65_HS1-834228961_62-HQ-83894_Section_7
Agency: FBI
Page 94
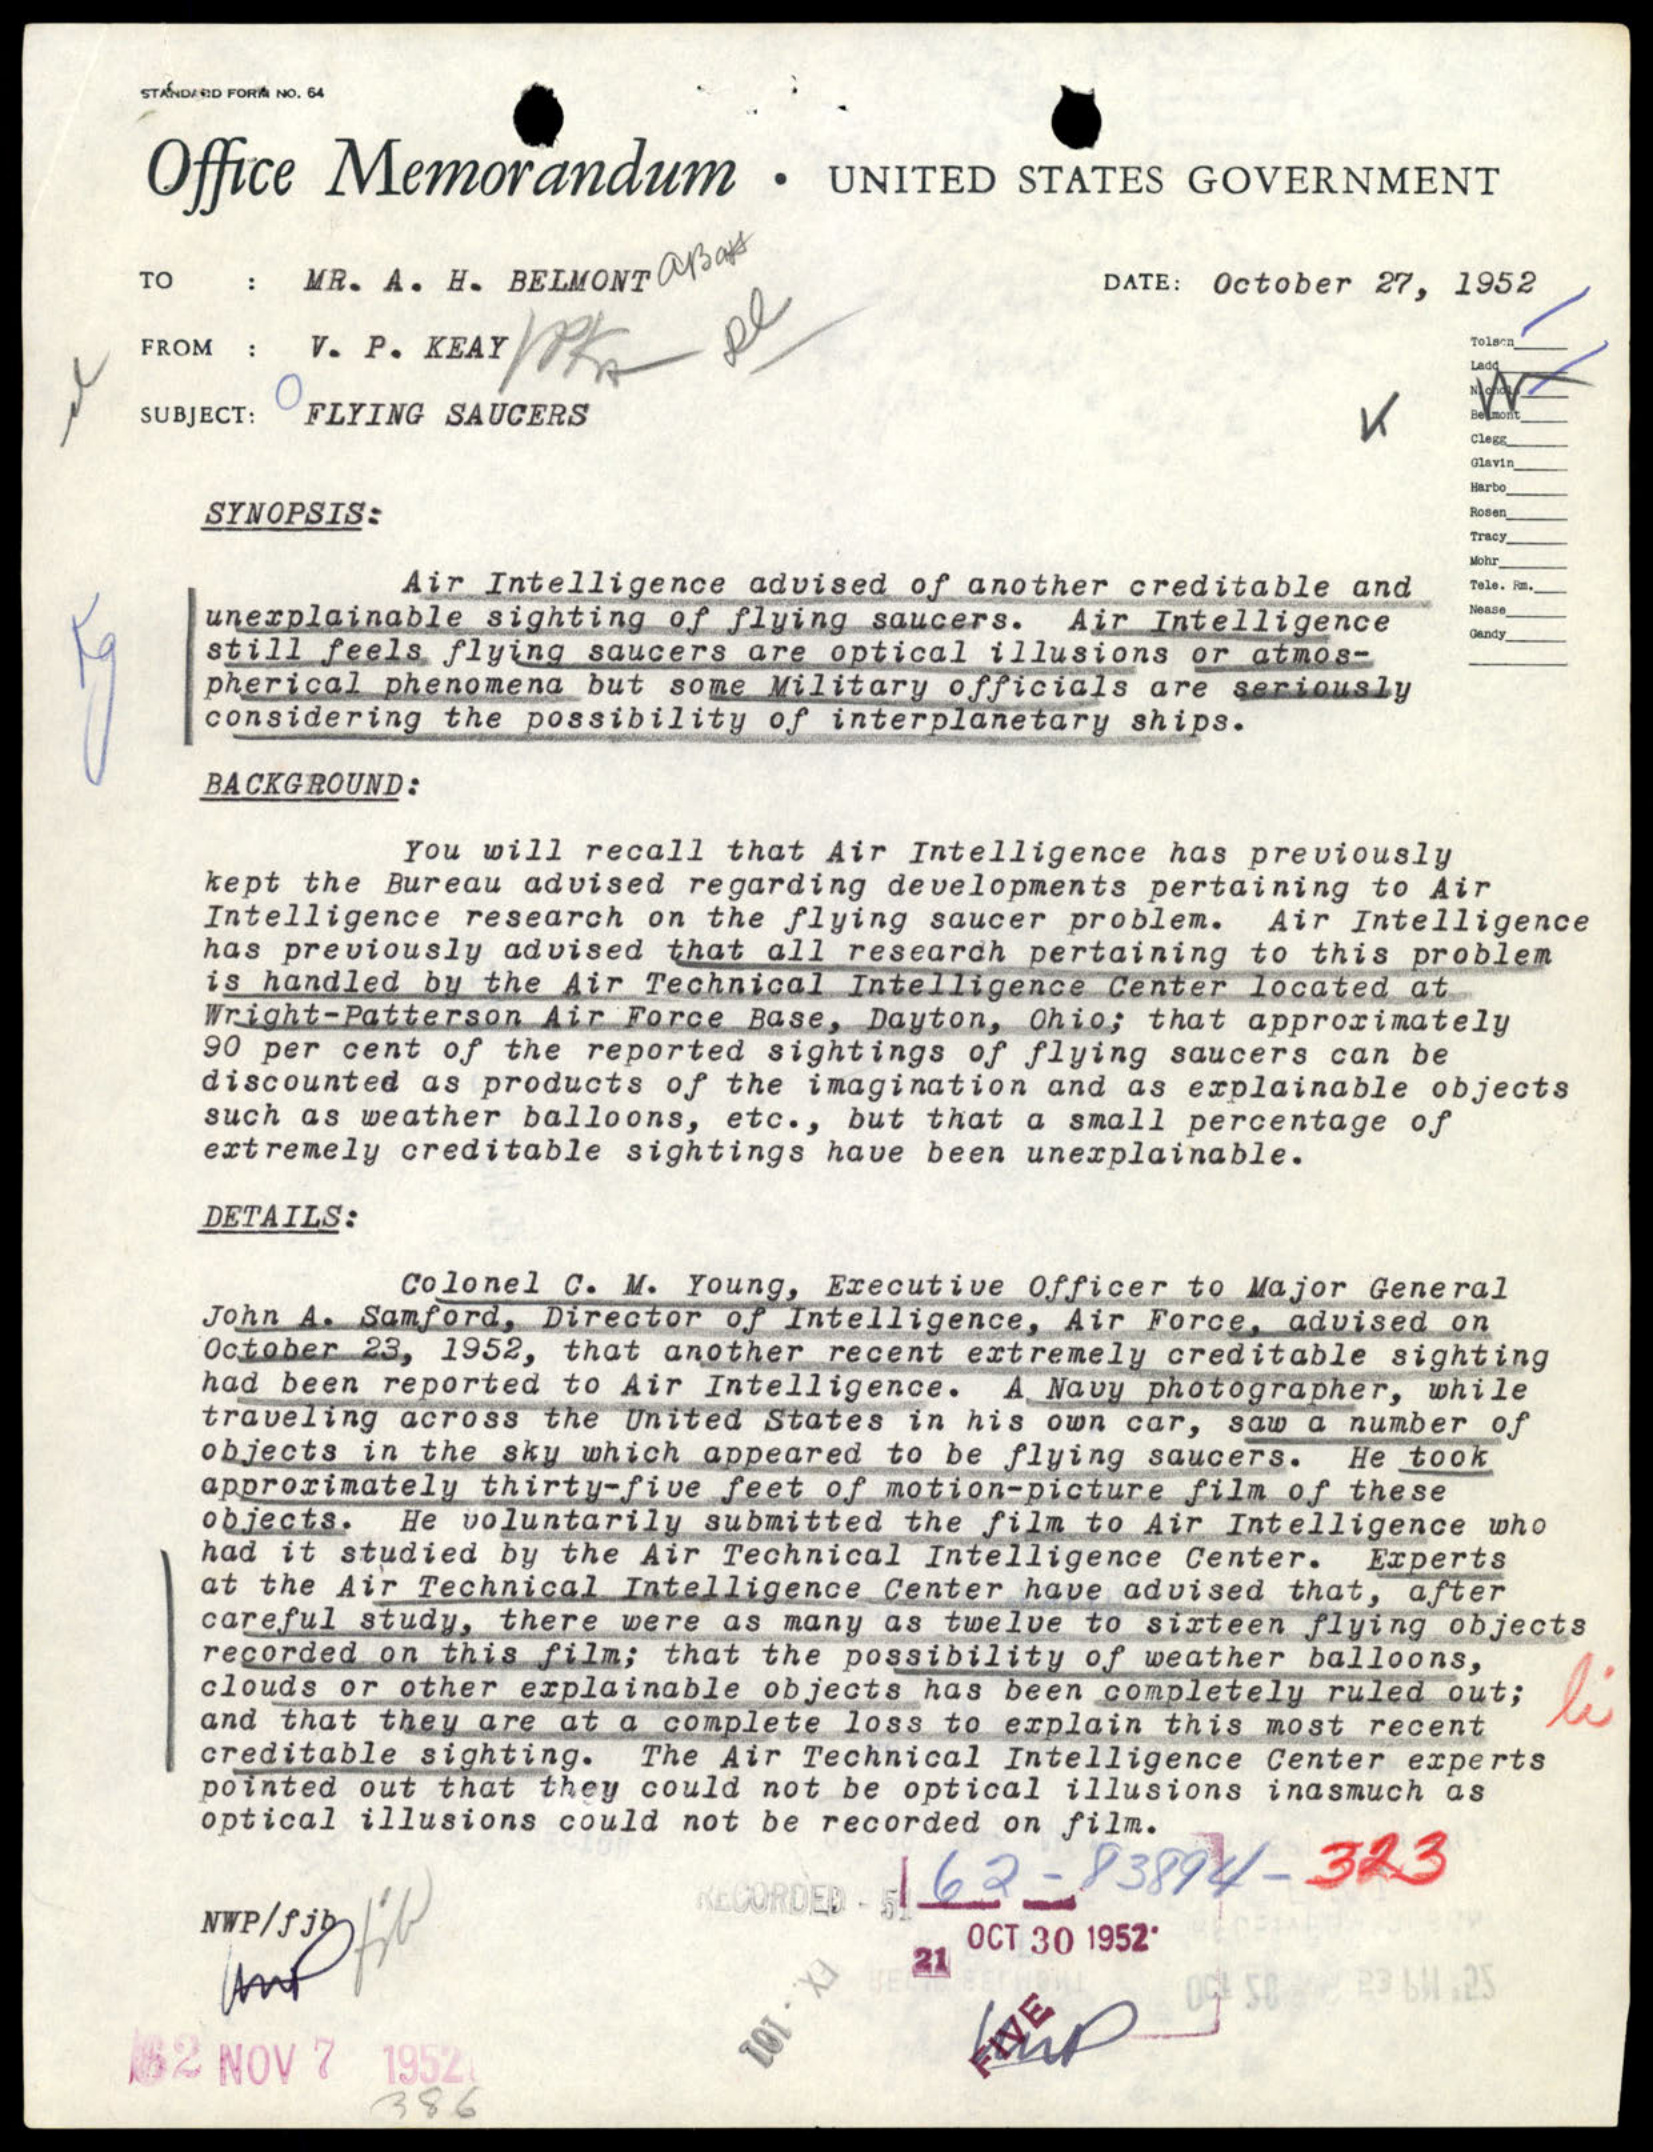